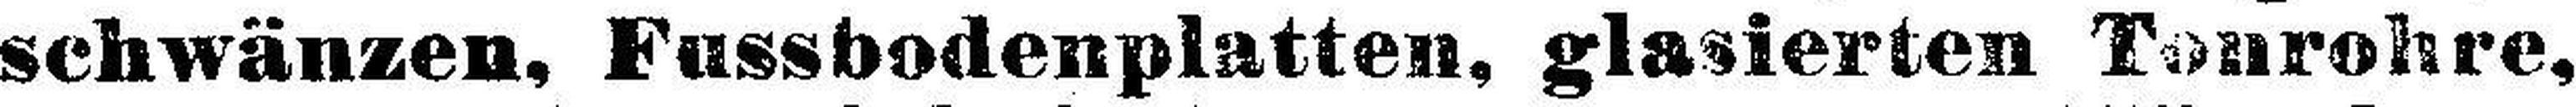
schwänzen, Fussbodenplatten, glasierten Tonrohre,